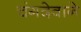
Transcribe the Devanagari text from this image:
चंगदेवाने